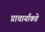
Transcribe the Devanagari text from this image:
प्राचार्यांकडे